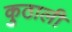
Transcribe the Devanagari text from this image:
कुठाली